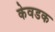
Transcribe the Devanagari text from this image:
केवडक